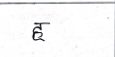
मजकूर: ह